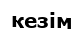
кезім